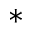
*